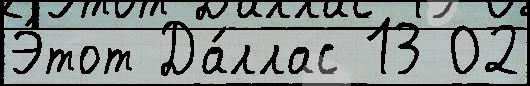
Э́тот Да́ллас 13 02